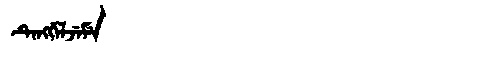
Manchu: ᡨᡝᠩᡤᡝᠯᠵᡝᠮᡝ
Romanization: TENGGELJEME